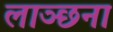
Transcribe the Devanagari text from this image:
लाञ्छना